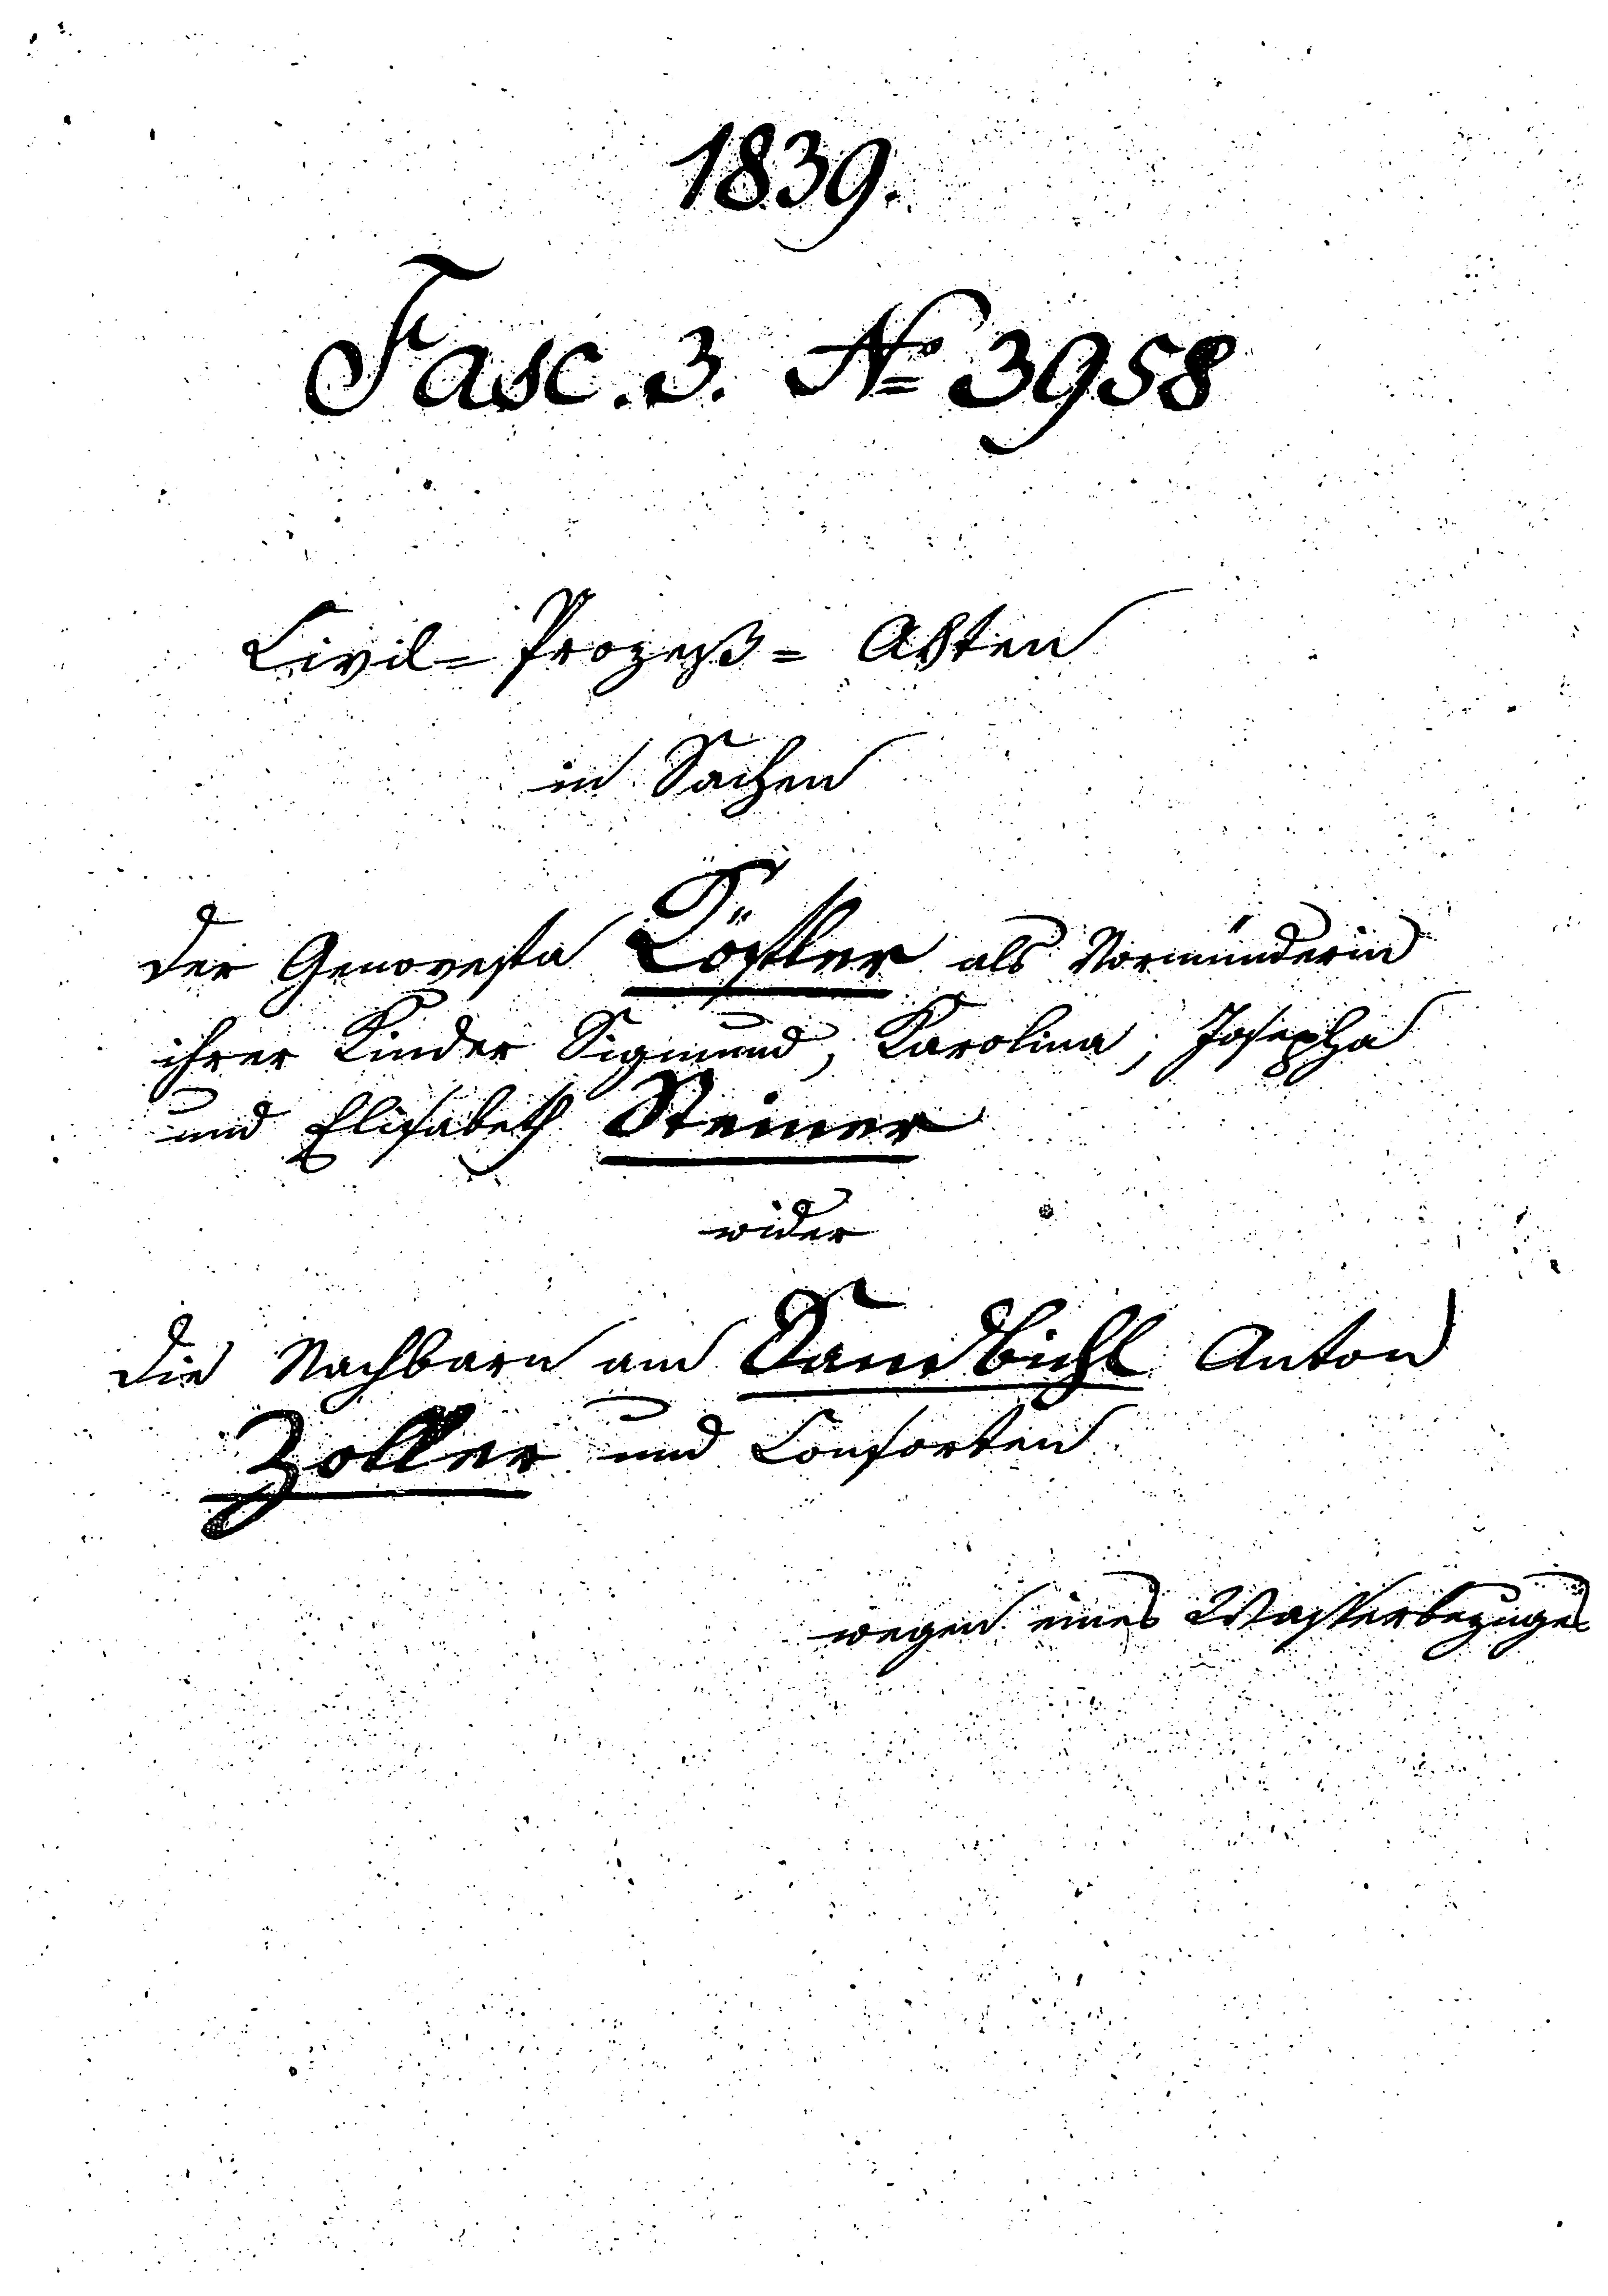
1839.
Fasc. 3. № 3958
Civil-Prozeß-Akten
in Sachen
der Genovefa Köfler als Vormünderin
ihrer Kinder Sigmund, Karolina, Josepha
und Elisabeth Steiner
wider
die Nachbarn am Sandbichl Anton
Zoller und Consorten
wegen eines Wasserbezuges